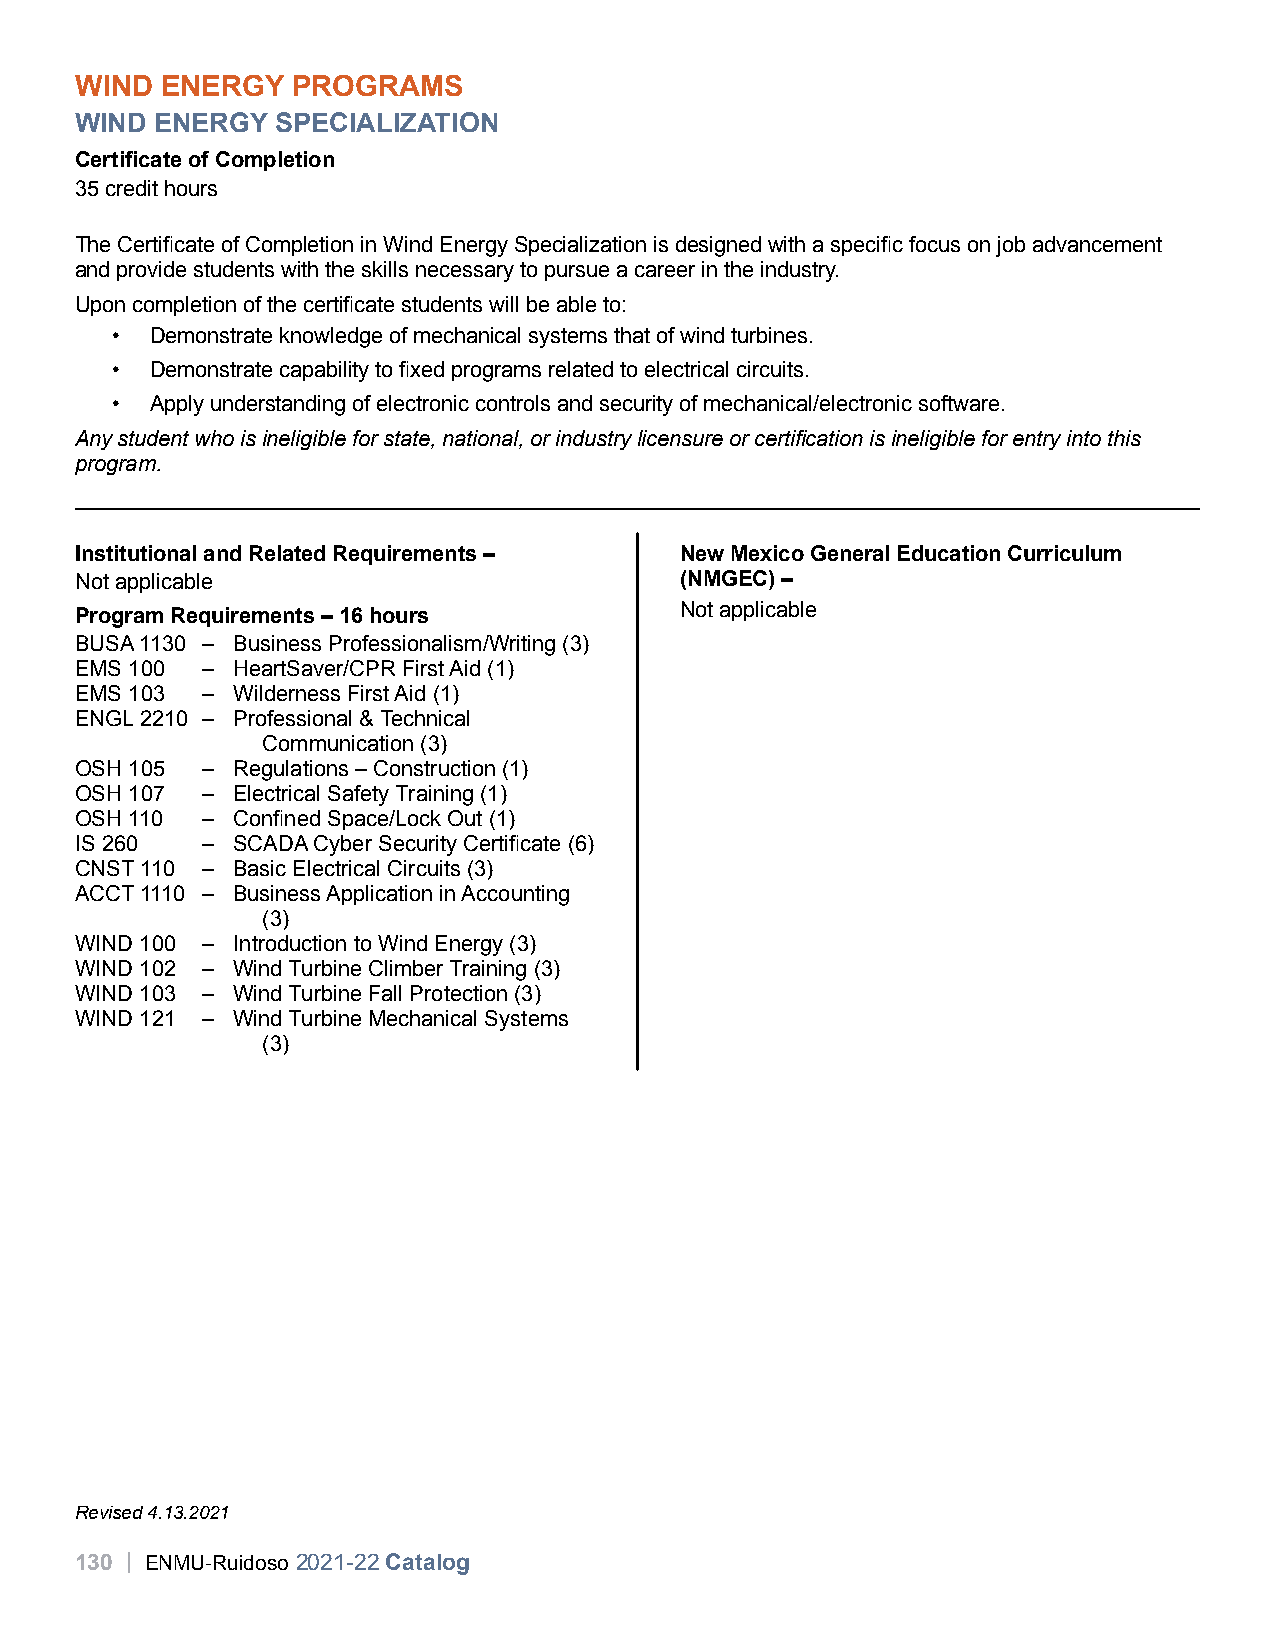
WIND  ENERGY  PROGRAMS
 WIND ENERGY  SPECIALIZATION
 Certificate of Completion
 35 credit hours
 The Certificate of Completion in Wind Energy Specialization is designed with a specific focus on job advancement
 and provide students with the skills necessary to pursue a career in the industry.
 Upon completion of the certificate students will be able to:
 •  Demonstrate knowledge of mechanical systems that of wind turbines.
 •  Demonstrate capability to fixed programs related to electrical circuits.
 •  Apply understanding of electronic controls and security of mechanical/electronic software.
 Any student who is ineligible for state, national, or industry licensure or certification is ineligible for entry into this
 program.
 Institutional and Related Requirements – New Mexico General Education Curriculum
 Not applicable                          (NMGEC) –
 Not applicable
 Program Requirements – 16 hours
 BUSA 1130 – Business Professionalism/Writing (3)
 EMS 100 – HeartSaver/CPR First Aid (1)
 EMS 103 – Wilderness First Aid (1)
 ENGL 2210 – Professional & Technical
 Communication (3)
 OSH 105 – Regulations – Construction (1)
 OSH 107 – Electrical Safety Training (1)
 OSH 110 – Confined Space/Lock Out (1)
 IS 260  – SCADA Cyber Security Certificate (6)
 CNST 110 – Basic Electrical Circuits (3)
 ACCT 1110 – Business Application in Accounting
 (3)
 WIND 100 – Introduction to Wind Energy (3)
 WIND 102 – Wind Turbine Climber Training (3)
 WIND 103 – Wind Turbine Fall Protection (3)
 WIND 121 – Wind Turbine Mechanical Systems
 (3)
 Revised 4.13.2021
 130 | ENMU-Ruidoso 2021-22 Catalog